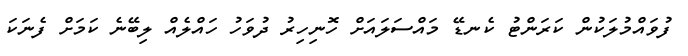
ފުވައްމުލަކުން ކަރަންޓު ކެނޑޭ މައްސަލައަށް ހޮނިހިރު ދުވަހު ހައްލެއް ލިބޭނެ ކަމަށް ފެނަކަ